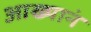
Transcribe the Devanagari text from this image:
आख्यानं